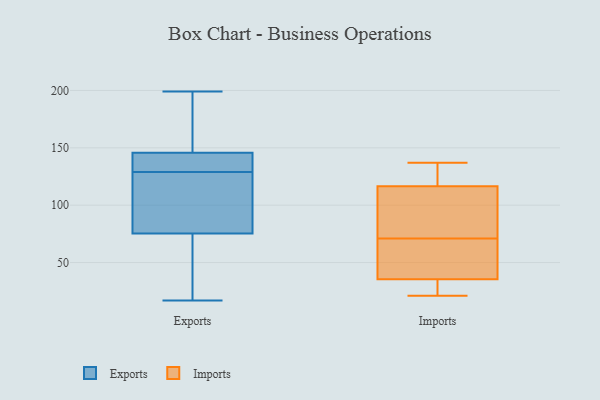
{"axis": {"x": "Website Visitors", "y": "Value"}, "legend": ["Exports", "Imports"], "data": [{"x": "", "y": 137, "type": "Exports"}, {"x": "", "y": 111, "type": "Exports"}, {"x": "", "y": 42, "type": "Exports"}, {"x": "", "y": 67, "type": "Exports"}, {"x": "", "y": 143, "type": "Exports"}, {"x": "", "y": 129, "type": "Exports"}, {"x": "", "y": 115, "type": "Exports"}, {"x": "", "y": 154, "type": "Exports"}, {"x": "", "y": 199, "type": "Exports"}, {"x": "", "y": 141, "type": "Exports"}, {"x": "", "y": 186, "type": "Exports"}, {"x": "", "y": 78, "type": "Exports"}, {"x": "", "y": 17, "type": "Exports"}, {"x": "", "y": 101, "type": "Exports"}, {"x": "", "y": 133, "type": "Exports"}, {"x": "", "y": 26, "type": "Exports"}, {"x": "", "y": 171, "type": "Exports"}, {"x": "", "y": 113, "type": "Imports"}, {"x": "", "y": 67, "type": "Imports"}, {"x": "", "y": 21, "type": "Imports"}, {"x": "", "y": 26, "type": "Imports"}, {"x": "", "y": 40, "type": "Imports"}, {"x": "", "y": 133, "type": "Imports"}, {"x": "", "y": 100, "type": "Imports"}, {"x": "", "y": 74, "type": "Imports"}, {"x": "", "y": 31, "type": "Imports"}, {"x": "", "y": 120, "type": "Imports"}, {"x": "", "y": 68, "type": "Imports"}, {"x": "", "y": 44, "type": "Imports"}, {"x": "", "y": 137, "type": "Imports"}, {"x": "", "y": 26, "type": "Imports"}, {"x": "", "y": 125, "type": "Imports"}, {"x": "", "y": 93, "type": "Imports"}]}